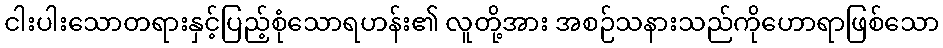
ငါးပါးသောတရားနှင့်ပြည့်စုံသောရဟန်း၏ လူတို့အား အစဉ်သနားသည်ကိုဟောရာဖြစ်သော